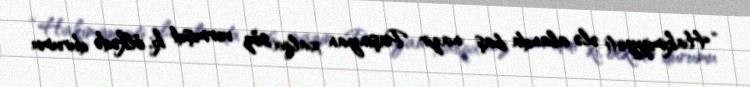
“Hakimiyyəti ələ alanda baş nazir Paşinyan xalqa söz vermişdi ki, ölkədə durumu